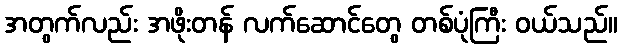
အတွက်လည်း အဖိုးတန် လက်ဆောင်တွေ တစ်ပုံကြီး ဝယ်သည်။